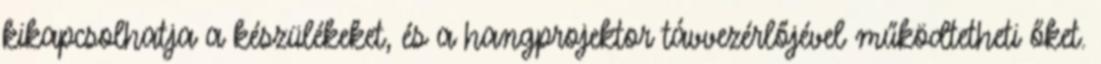
kikapcsolhatja a készülékeket, és a hangprojektor távvezérlőjével működtetheti őket.